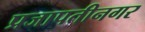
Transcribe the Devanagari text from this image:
प्रजापतीनगर